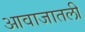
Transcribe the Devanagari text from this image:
आवाजातली